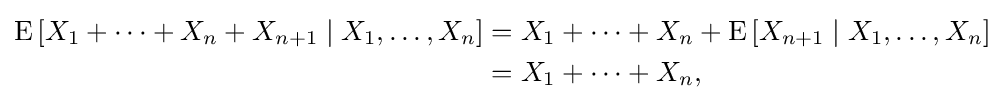
{\begin{aligned}\operatorname {E} \left[X_{1}+\cdots +X_{n}+X_{n+1}\mid X_{1},\ldots ,X_{n}\right]&=X_{1}+\cdots +X_{n}+\operatorname {E} \left[X_{n+1}\mid X_{1},\ldots ,X_{n}\right]\\&=X_{1}+\cdots +X_{n},\end{aligned}}